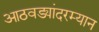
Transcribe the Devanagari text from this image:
आठवड्यांदरम्यान